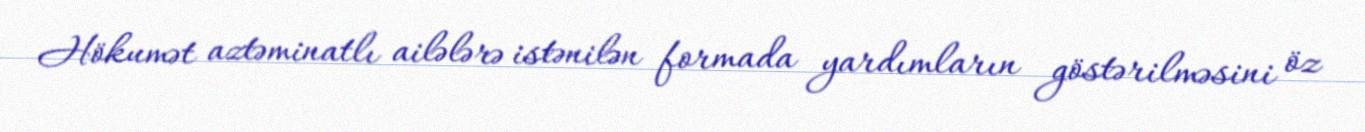
Hökumət aztəminatlı ailələrə istənilən formada yardımların göstərilməsini öz